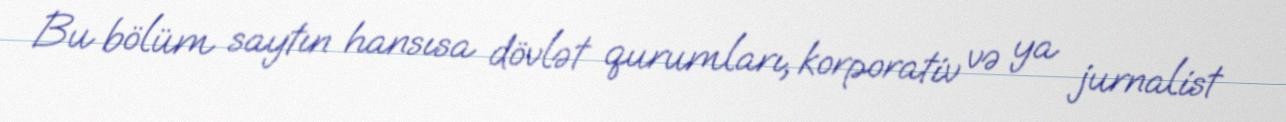
Bu bölüm saytın hansısa dövlət qurumları, korporativ və ya jurnalist